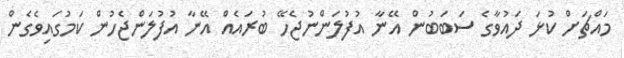
މައްޗަށް ކުޅަ ދައުވާގެ ސަބަބުން އޭނާ އުފުލަންނުޖެހޭ ބުރައެއް އޭނާ އުފުލަންޖެހުން ކަމުގައިވެގެން